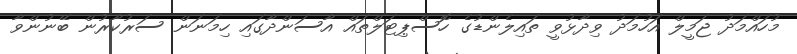
މުހައްމަދު ޖަމީލް އަހުމަދު ވިދާޅުވީ ތައިލެންޑުގެ ހޮސްޕިޓަލްތައް އާސަންދާގައި ހިމަނަން ސަރުކާރުން ބޭނުންވާ